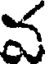
వ